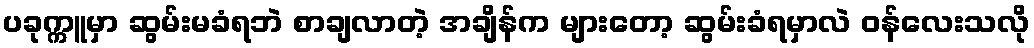
ပခုက္ကူမှာ ဆွမ်းမခံရဘဲ စာချလာတဲ့ အချိန်က များတော့ ဆွမ်းခံရမှာလဲ ဝန်လေးသလို